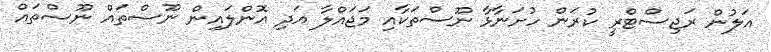
އަލުން ރަޖިސްޓްރީ ކުރަން ހުށަނާޅާ ނޫސްތަކާއި މަޖައްލާ އަދި އޮންލައިން ނޫސްތައް ނޫސްތައް